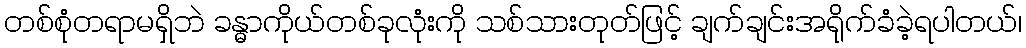
တစ်စုံတရာမရှိဘဲ ခန္ဓာကိုယ်တစ်ခုလုံးကို သစ်သားတုတ်ဖြင့် ချက်ချင်းအရိုက်ခံခဲ့ရပါတယ်၊